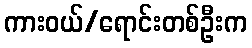
ကားဝယ်/ရောင်းတစ်ဦးက